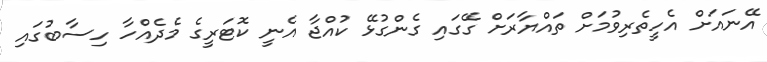
އޭނައަށް އެހީތެރިވުމަށް ތައްޔާރަށް ގޭގައި ގެންގުޅޭ ކުއްޖާ އެނީ ކޮޓަރީގެ މެދެއްހާ ހިސާބުގައި